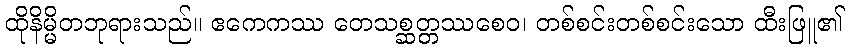
ထိုနိမ္မိတဘုရားသည်။ ဧကေကဿ တေသစ္ဆတ္တဿစေဝ၊ တစ်စင်းတစ်စင်းသော ထီးဖြူ၏